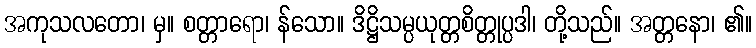
အကုသလတော၊ မှ။ စတ္တာရော၊ န်သော။ ဒိဋ္ဌိသမ္ပယုတ္တစိတ္တုပ္ပဒါ၊ တို့သည်။ အတ္တနော၊ ၏။